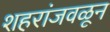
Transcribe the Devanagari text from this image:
शहरांजवळून